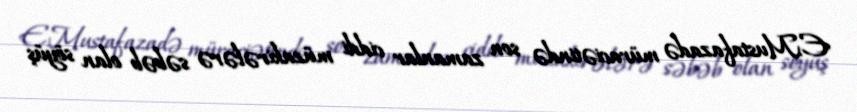
E.Mustafazadə müraciətində son zamanlar ciddi müzakirələrə səbəb olan söyüş